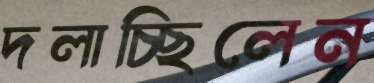
দলাচ্ছিলেন